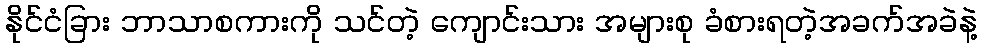
နိုင်ငံခြား ဘာသာစကားကို သင်တဲ့ ကျောင်းသား အများစု ခံစားရတဲ့အခက်အခဲနဲ့